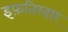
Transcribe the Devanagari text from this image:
इफ़तिखार